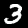
Label: 3